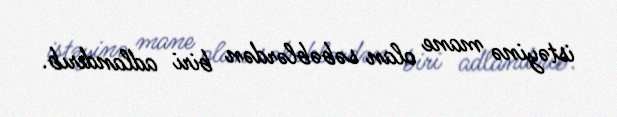
istəyinə mane olan səbəblərdən biri adlandırıb.